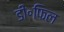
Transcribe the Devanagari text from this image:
डी॰फिल